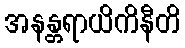
အနန္တရာယိကိနီတိ